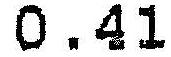
0.41